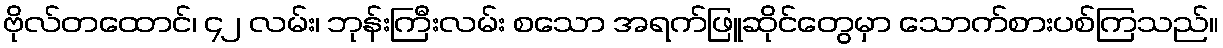
ဗိုလ်တထောင်၊ ၄၂ လမ်း၊ ဘုန်းကြီးလမ်း စသော အရက်ဖြူဆိုင်တွေမှာ သောက်စားပစ်ကြသည်။